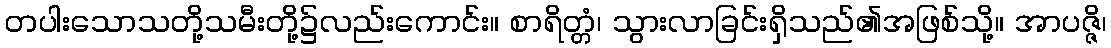
တပါးသောသတို့သမီးတို့၌လည်းကောင်း။ စာရိတ္တံ၊ သွားလာခြင်းရှိသည်၏အဖြစ်သို့။ အာပဇ္ဇိ၊